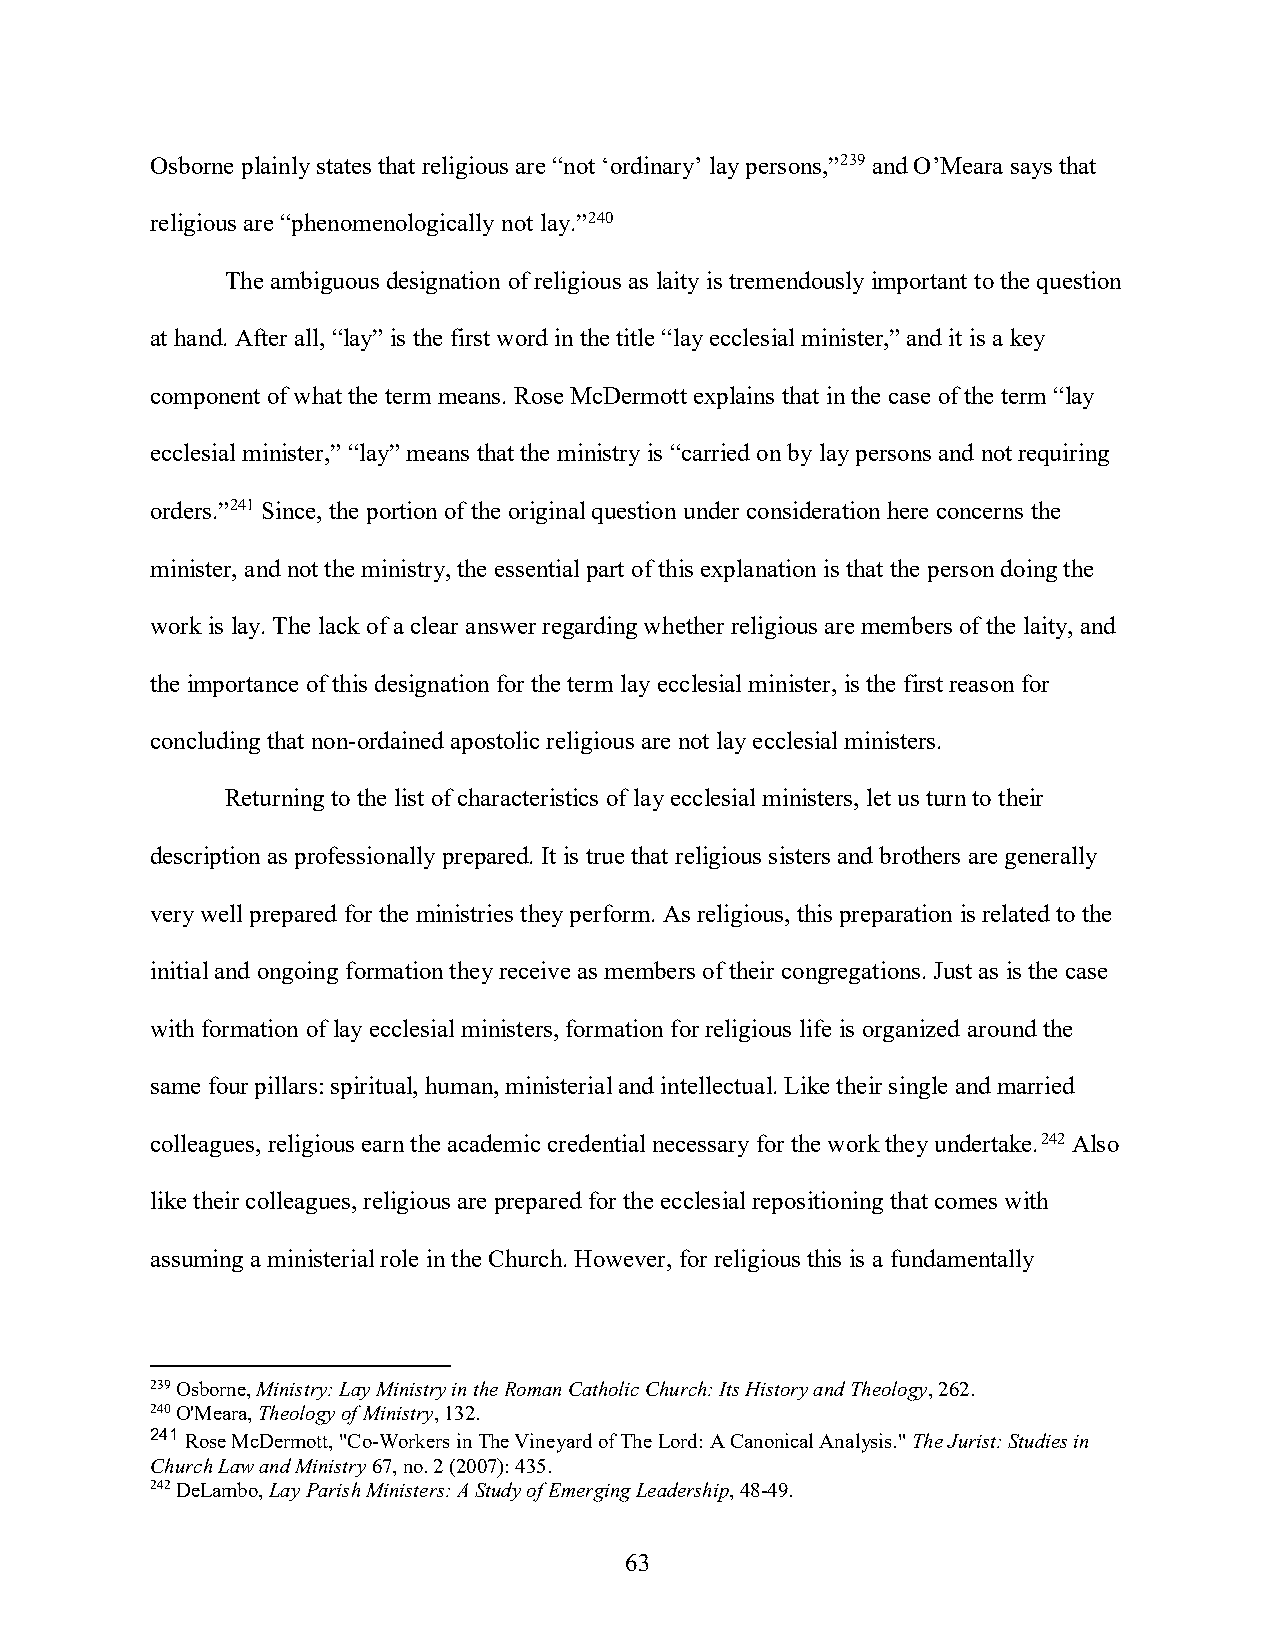
Osborne plainly states that religious are “not ‘ordinary’ lay persons,”239 and O’Meara says that
 religious are “phenomenologically not lay.”240
 The ambiguous designation of religious as laity is tremendously important to the question
 at hand. After all, “lay” is the first word in the title “lay ecclesial minister,” and it is a key
 component of what the term means. Rose McDermott explains that in the case of the term “lay
 ecclesial minister,” “lay” means that the ministry is “carried on by lay persons and not requiring
 orders.”241 Since, the portion of the original question under consideration here concerns the
 minister, and not the ministry, the essential part of this explanation is that the person doing the
 work is lay. The lack of a clear answer regarding whether religious are members of the laity, and
 the importance of this designation for the term lay ecclesial minister, is the first reason for
 concluding that non-ordained apostolic religious are not lay ecclesial ministers.
 Returning to the list of characteristics of lay ecclesial ministers, let us turn to their
 description as professionally prepared. It is true that religious sisters and brothers are generally
 very well prepared for the ministries they perform. As religious, this preparation is related to the
 initial and ongoing formation they receive as members of their congregations. Just as is the case
 with formation of lay ecclesial ministers, formation for religious life is organized around the
 same four pillars: spiritual, human, ministerial and intellectual. Like their single and married
 colleagues, religious earn the academic credential necessary for the work they undertake.242 Also
 like their colleagues, religious are prepared for the ecclesial repositioning that comes with
 assuming a ministerial role in the Church. However, for religious this is a fundamentally
 239 Osborne, Ministry: Lay Ministry in the Roman Catholic Church: Its History and Theology, 262.
 240 O'Meara, Theology of Ministry, 132.
 241 Rose McDermott, "Co-Workers in The Vineyard of The Lord: A Canonical Analysis." The Jurist: Studies in
 Church Law and Ministry 67, no. 2 (2007): 435.
 242 DeLambo, Lay Parish Ministers: A Study of Emerging Leadership, 48-49.
 63